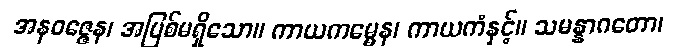
အနဝဇ္ဇေန၊ အပြစ်မရှိသော။ ကာယကမ္မေန၊ ကာယကံနှင့်။ သမန္နာဂတော၊